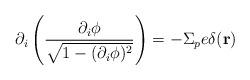
LaTeX: \begin{align*}\partial_i \left(\frac{\partial_i \phi}{\sqrt{1-(\partial_i \phi)^2}}\right) = -\Sigma_p e\delta({\bf r})\end{align*}